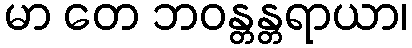
မာ တေ ဘဝန္တန္တရာယာ၊